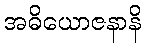
အဓိယောဇနာနိ